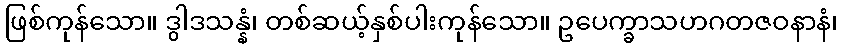
ဖြစ်ကုန်သော။ ဒွါဒသန္နံ၊ တစ်ဆယ့်နှစ်ပါးကုန်သော။ ဥပေက္ခာသဟဂတဇဝနာနံ၊